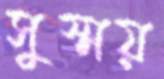
সুস্ময়